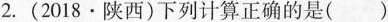
2.(2018·陕西)下列计算正确的是 ()